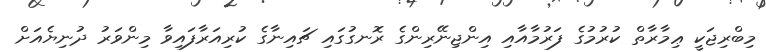
މިބްރިޖަކީ ޢިމާރާތް ކުރުމުގެ ފަރުމާއާއި އިންޖިނޭރިންގެ ރޮނގުގައި ޗައިނާގެ ކުރިއަރާފައިވާ މިންވަރު ދުނިޔެއަށް